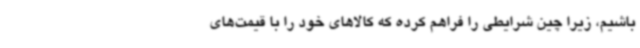
باشیم، زیرا چین شرایطی را فراهم کرده‌ که کالاهای خود را با قیمت‌های